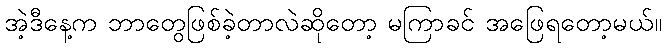
အဲ့ဒီနေ့က ဘာတွေဖြစ်ခဲ့တာလဲဆိုတော့ မကြာခင် အဖြေရတော့မယ်။